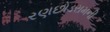
રણછોડરામની